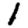
Digit: 1